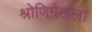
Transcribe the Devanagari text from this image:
श्रोणिमेखला